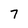
Character: 7